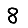
Digit: 8